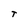
Character: T